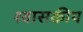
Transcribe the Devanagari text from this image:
श्वासकीय